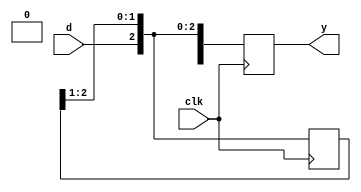
`timescale 1ns / 1ps


module SIPO(d,y,clk);
	input d,clk;
	output reg [3:0] y;
	reg [3:0] temp;
	
	always@(posedge clk)
	begin
		temp[3] = d;
		temp = temp >> 1;
		y = temp;
	end

endmodule